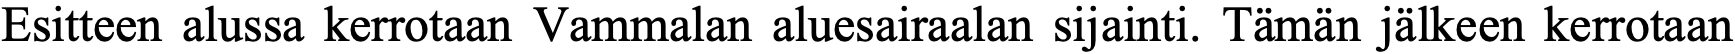
Esitteen alussa kerrotaan Vammalan aluesairaalan sijainti. Tämän jälkeen kerrotaan